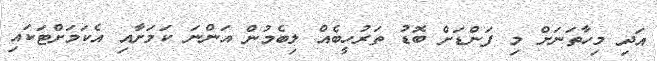
އަދި މިހާތަނަށް މި ފަންޑަށް ބޮޑު ތަރުހީބެއް ލިބެމުން އަންނަ ކަމަށާއި އެކަމަށްޓަކައި